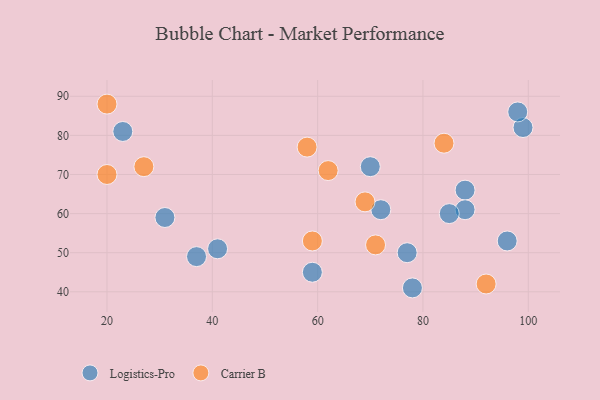
{"axis": {"x": "GDP", "y": "Life Expectancy"}, "legend": ["Carrier B", "Logistics-Pro"], "data": [{"x": "37", "y": 49, "type": "Logistics-Pro"}, {"x": "31", "y": 59, "type": "Logistics-Pro"}, {"x": "78", "y": 41, "type": "Logistics-Pro"}, {"x": "72", "y": 61, "type": "Logistics-Pro"}, {"x": "23", "y": 81, "type": "Logistics-Pro"}, {"x": "88", "y": 66, "type": "Logistics-Pro"}, {"x": "88", "y": 61, "type": "Logistics-Pro"}, {"x": "59", "y": 45, "type": "Logistics-Pro"}, {"x": "99", "y": 82, "type": "Logistics-Pro"}, {"x": "70", "y": 72, "type": "Logistics-Pro"}, {"x": "41", "y": 51, "type": "Logistics-Pro"}, {"x": "77", "y": 50, "type": "Logistics-Pro"}, {"x": "85", "y": 60, "type": "Logistics-Pro"}, {"x": "98", "y": 86, "type": "Logistics-Pro"}, {"x": "96", "y": 53, "type": "Logistics-Pro"}, {"x": "62", "y": 71, "type": "Carrier B"}, {"x": "92", "y": 42, "type": "Carrier B"}, {"x": "69", "y": 63, "type": "Carrier B"}, {"x": "58", "y": 77, "type": "Carrier B"}, {"x": "20", "y": 70, "type": "Carrier B"}, {"x": "27", "y": 72, "type": "Carrier B"}, {"x": "84", "y": 78, "type": "Carrier B"}, {"x": "20", "y": 88, "type": "Carrier B"}, {"x": "71", "y": 52, "type": "Carrier B"}, {"x": "59", "y": 53, "type": "Carrier B"}]}